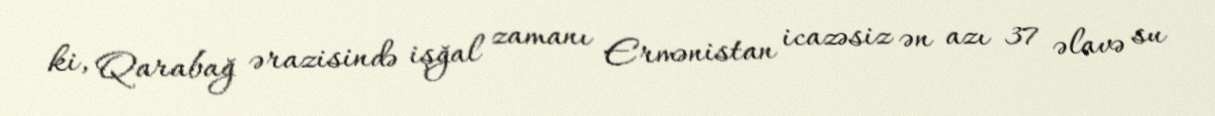
ki, Qarabağ ərazisində işğal zamanı Ermənistan icazəsiz ən azı 37 əlavə su